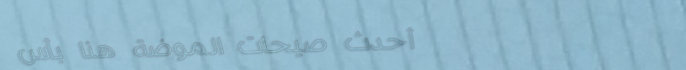
أحدث صيحات الموضة هنا بأس